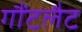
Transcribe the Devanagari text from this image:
गौंटलैट